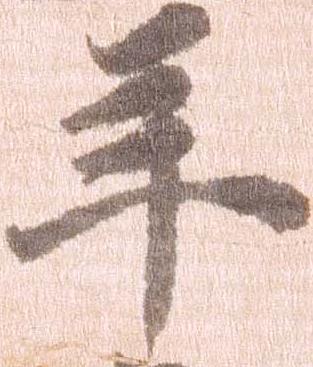
年